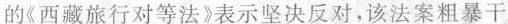
的《西藏旅行对等法》表示坚决反对，该法案粗暴干